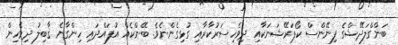
ބަންގްލަދޭޝްގެ ފިނޭންސް ކޯޕަރޭޝަނަކާއި ދިވެހިސަރުކާރާއި ގުޅިގެންނެވެ. ބޭންކެއް އުފައްދައި ހިންގާނެ ޤާބިލު ދިވެހިން